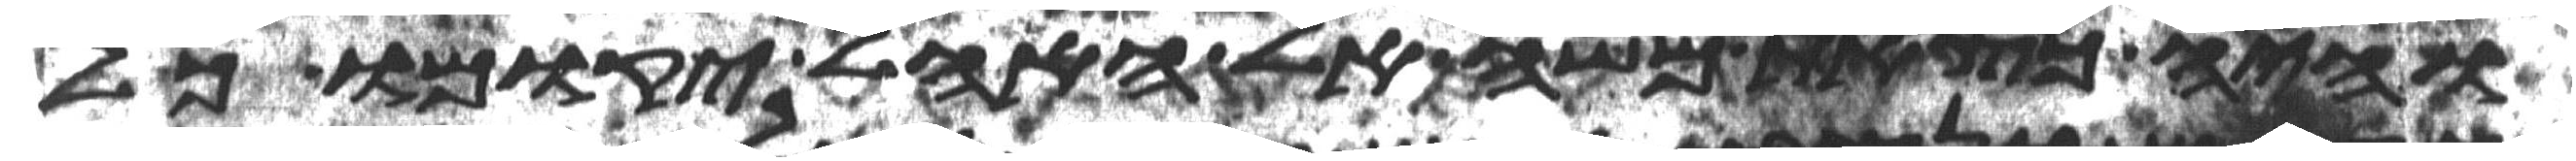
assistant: והיה כצאת משה אל האהל יקומו כל